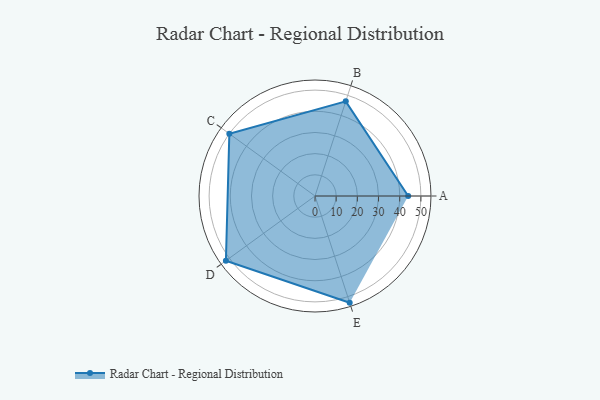
{"axis": {"x": "Skill", "y": "Score"}, "legend": ["Profile"], "data": [{"x": "A", "y": 44.0, "type": "Profile"}, {"x": "B", "y": 47.0, "type": "Profile"}, {"x": "C", "y": 50.0, "type": "Profile"}, {"x": "D", "y": 52.0, "type": "Profile"}, {"x": "E", "y": 53.0, "type": "Profile"}]}